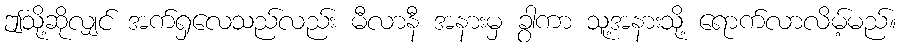
ဤသို့ဆိုလျှင် အက်ရှလေသည်လည်း မီလာနီ အနားမှ ခွာကာ သူ့အနားသို့ ရောက်လာလိမ့်မည်။